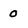
Character: 0